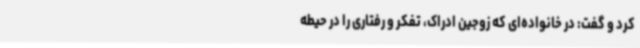
کرد و گفت: در خانواده‌ای که زوجین ادراک، تفکر و رفتاری را در حیطه